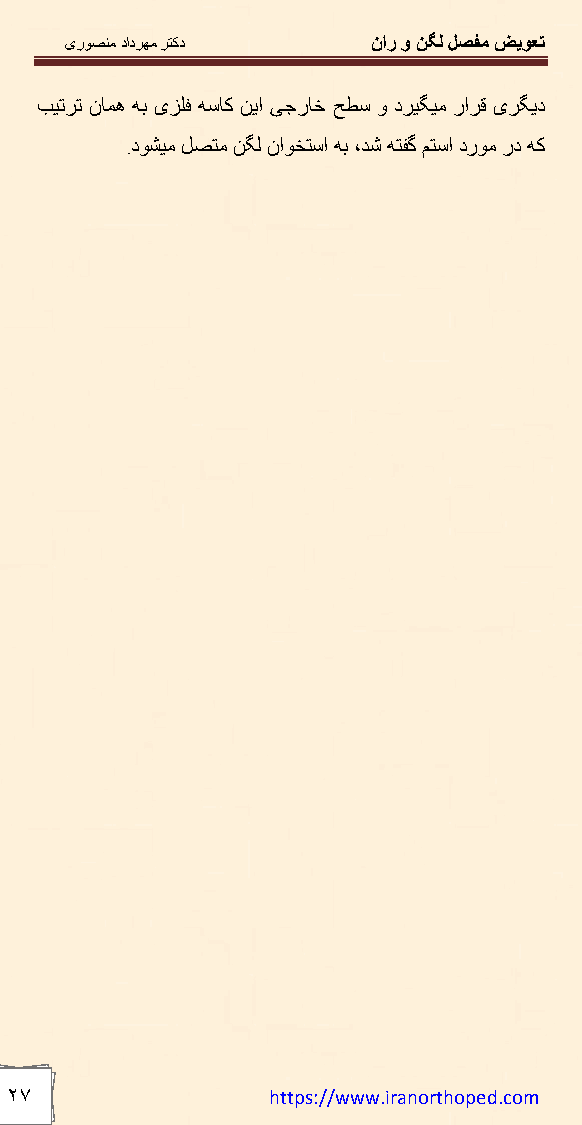
یرﻮﺼﻨﻣ دادﺮﮭﻣ ﺮﺘﮐد   نار و ﻦﮕﻟ ﻞﺼﻔﻣ ﺾﯾﻮﻌﺗ
 ﺐﯿﺗﺮﺗ نﺎﻤھ ﮫﺑ یﺰﻠﻓ ﮫﺳﺎﮐ ﻦﯾا ﯽﺟرﺎﺧ ﺢﻄﺳ و دﺮﯿﮕﯿﻣ راﺮﻗ یﺮﮕﯾد
 .دﻮﺸﯿﻣ ﻞﺼﺘﻣ ﻦﮕﻟ ناﻮﺨﺘﺳا ﮫﺑ ،ﺪﺷ ﮫﺘﻔﮔ ﻢﺘﺳا درﻮﻣ رد ﮫﮐ
 ٢٧                https://www.iranorthoped.com